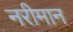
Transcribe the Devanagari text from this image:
नरीमान